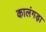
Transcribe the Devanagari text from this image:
कालंगड़ा